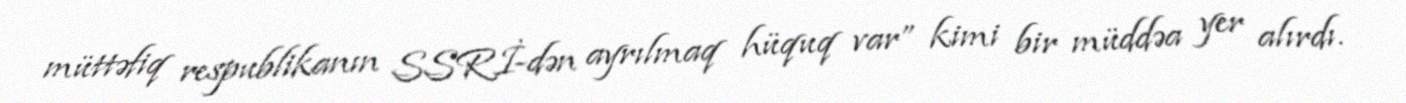
müttəfiq respublikanın SSRİ-dən ayrılmaq hüquq var” kimi bir müddəa yer alırdı.